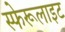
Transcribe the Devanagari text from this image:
स्फेरूलाइट